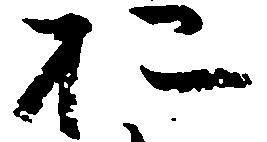
於